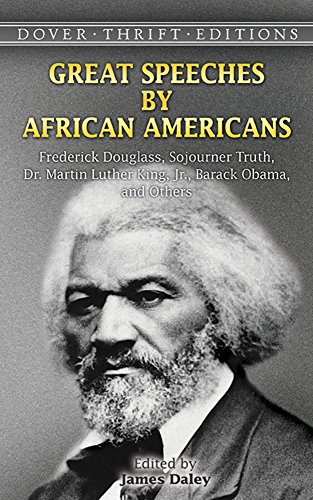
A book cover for Great Speeches by African Americans: Frederick Douglass; Reference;